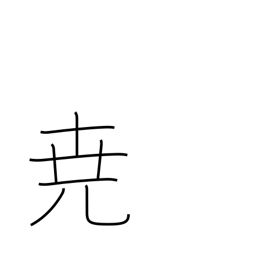
Meaning: high